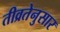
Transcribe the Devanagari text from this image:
तीव्रतेनुसार